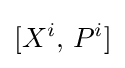
[X^{i},\,P^{i}]